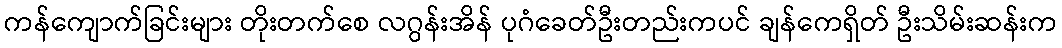
ကန်ကျောက်ခြင်းများ တိုးတက်စေ လဂွန်းအိန် ပုဂံခေတ်ဦးတည်းကပင် ချန်ကေရှိတ် ဦးသိမ်းဆန်းက